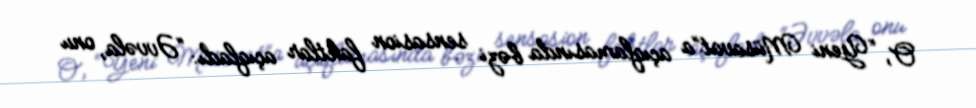
O, “Yeni Müsavat”a açıqlamasında bəzi sensasion faktlar açıqladı: “Əvvəla, onu